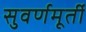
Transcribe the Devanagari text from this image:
सुवर्णमूर्ती